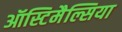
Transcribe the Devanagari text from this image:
ऑस्टिमैल्सिया